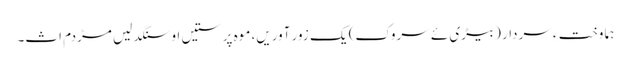
ہما وخت ءِ سردار (بیڑی ئے سروک) یک زور آوریں، موہ پرستیں او سنگدلیں مڑدم اث۔